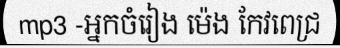
mp3 -អ្នកចំរៀង ម៉េង កែវពេជ្រ